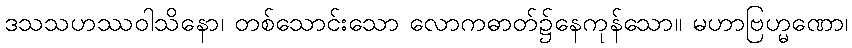
ဒသသဟဿဝါသိနော၊ တစ်သောင်းသော လောကဓာတ်၌နေကုန်သော။ မဟာဗြဟ္မဏော၊